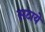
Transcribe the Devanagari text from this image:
सटाये